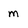
Character: m